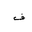
Letter: _fa